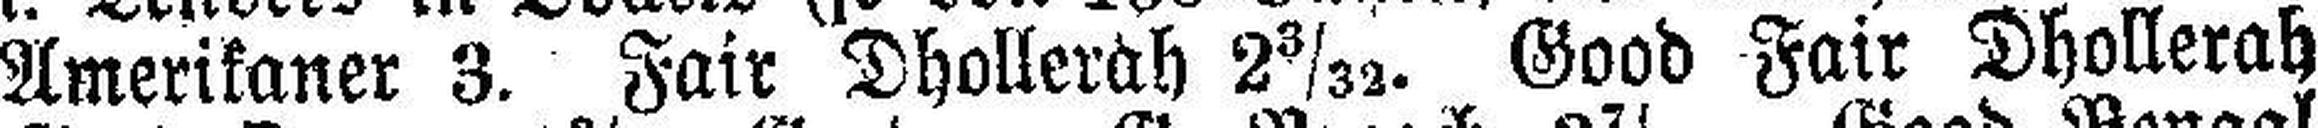
Amerikaner 3. Fair Dhollerah 2 3/32. Good Fair Dhollerah